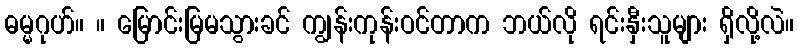
ဓမ္မဂုဟ်။ ။ မြောင်းမြမသွားခင် ကျွန်းကုန်းဝင်တာက ဘယ်လို ရင်းနှီးသူများ ရှိလို့လဲ။